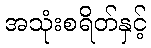
အသုံးစရိတ်နှင့်